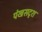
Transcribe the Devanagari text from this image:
पंखसदृश